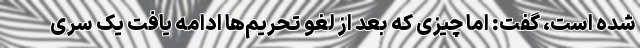
شده است، گفت: اما ‌چیزی که بعد از لغو تحریم‌ها ادامه یافت ‌یک سری